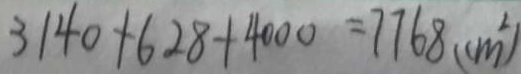
3 1 4 0 + 6 2 8 + 4 0 0 0 = 7 7 6 8 ( c m ^ { 2 } )